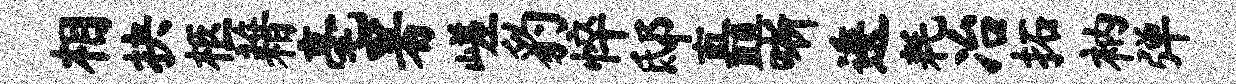
相抉柩藉毫署嵯豹悴邸矗晰逶耗冶拓衲弹